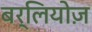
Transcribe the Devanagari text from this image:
बर्लियोज़